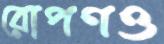
রোপণও